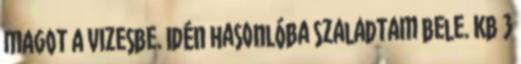
magot a vizesbe. Idén hasonlóba szaladtam bele. Kb 3